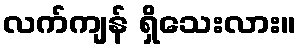
လက်ကျန် ရှိသေးလား။